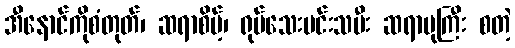
အီနောင်ကိုစံတုတ်၊ ဆရာစိမ့်၊ ရုပ်သေးမင်းသမီး ဆရာပုကြီး စတဲ့